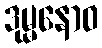
ဒုမ္မနောဝ